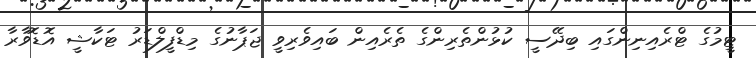
ޓީމުގެ ޓްރެއިނިންގައި ބިދޭސީ ކުޅުންތެރިންގެ ތެރެއިން ބައިވެރިވީ ޖަޕާނުގެ މިޑްފީލްޑަރު ޓަކާޝީ އޮޑޮވާރާ